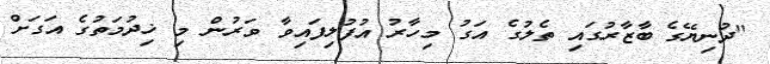
"ދުނިޔޭގެ ބާޒާރުގައި ތެލުގެ އަގު މިހާރު އުފުލިފައިވާ ވަރުން މި ޚިދުމަތުގެ އަގަށް